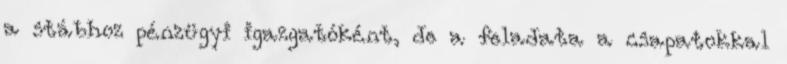
a stábhoz pénzügyi igazgatóként, de a feladata a csapatokkal